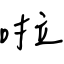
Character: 啦